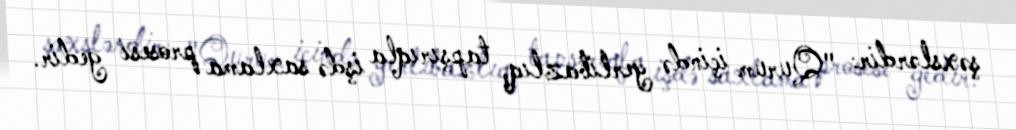
şəxslərdir: "Qurum içində yerlibazlıq, tapşırıqla işdə saxlama prosesi gedir.